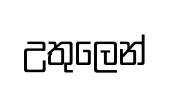
උතුලෙන්